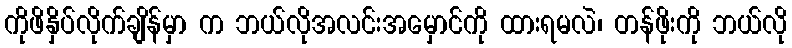
ကိုဖိနှိပ်လိုက်ချိန်မှာ က ဘယ်လိုအလင်းအမှောင်ကို ထားရမလဲ၊ တန်ဖိုးကို ဘယ်လို